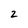
Character: 2